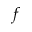
f